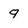
Character: q